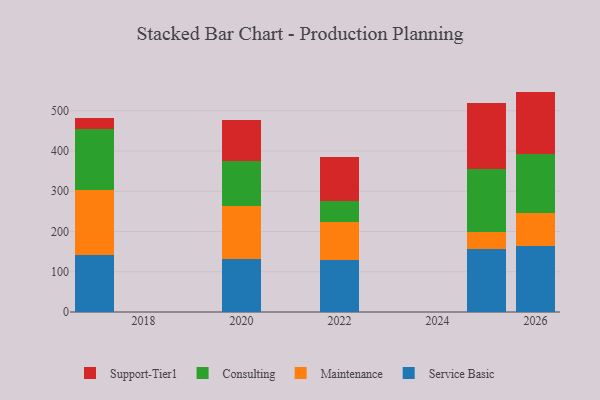
{"axis": {"x": "Year", "y": "Budget (USD K)"}, "legend": ["Consulting", "Maintenance", "Service Basic", "Support-Tier1"], "data": [{"x": "2025", "y": 156.5, "type": "Service Basic"}, {"x": "2025", "y": 41.6, "type": "Maintenance"}, {"x": "2025", "y": 156.2, "type": "Consulting"}, {"x": "2025", "y": 164.5, "type": "Support-Tier1"}, {"x": "2017", "y": 140.7, "type": "Service Basic"}, {"x": "2017", "y": 162.9, "type": "Maintenance"}, {"x": "2017", "y": 150.2, "type": "Consulting"}, {"x": "2017", "y": 28.4, "type": "Support-Tier1"}, {"x": "2020", "y": 132.7, "type": "Service Basic"}, {"x": "2020", "y": 131.3, "type": "Maintenance"}, {"x": "2020", "y": 111.6, "type": "Consulting"}, {"x": "2020", "y": 100.4, "type": "Support-Tier1"}, {"x": "2026", "y": 162.8, "type": "Service Basic"}, {"x": "2026", "y": 82.4, "type": "Maintenance"}, {"x": "2026", "y": 147.1, "type": "Consulting"}, {"x": "2026", "y": 155.3, "type": "Support-Tier1"}, {"x": "2022", "y": 129.6, "type": "Service Basic"}, {"x": "2022", "y": 93.4, "type": "Maintenance"}, {"x": "2022", "y": 53.6, "type": "Consulting"}, {"x": "2022", "y": 107.6, "type": "Support-Tier1"}]}